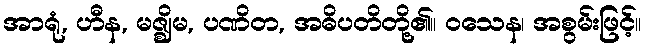
အာရုံ, ဟီန, မဇ္ဈိမ, ပဏိတ, အဓိပတိတို့၏။ ဝသေန၊ အစွမ်းဖြင့်။